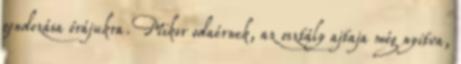
gondozása órájukra. Mikor odaérnek, az osztály ajtaja még nyitva,